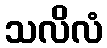
သလိလံ